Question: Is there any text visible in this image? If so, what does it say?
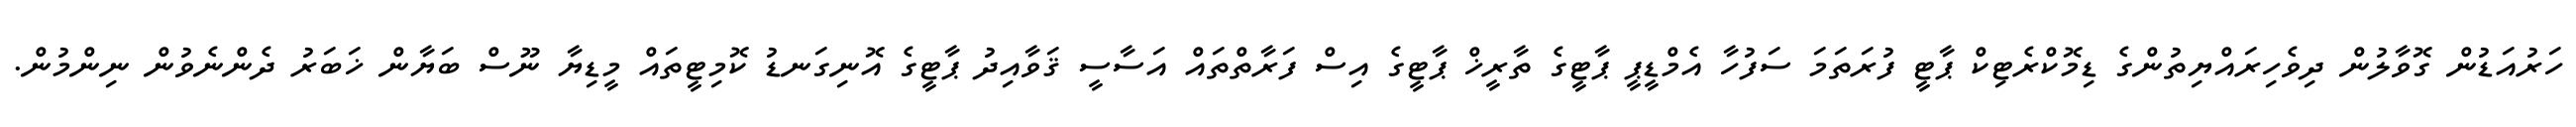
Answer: ހަރުއަޑުން ގޮވާލުން ދިވެހިރައްޔިތުންގެ ޑިމޮކްރެޓިކް ޕާޓީ ފުރަތަމަ ސަފުހާ އެމްޑީޕީ ޕާޓީގެ ތާރީޚް ޕާޓީގެ އިސް ފަރާތްތައް އަސާސީ ޤަވާއިދު ޕާޓީގެ އޮނިގަނޑު ކޮމިޓީތައް މީޑިޔާ ނޫސް ބަޔާން ޚަބަރު ދެންނެވުން ނިންމުން.